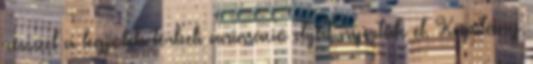
résszel a legjobb térbeli animáció díját nyertük el. Kapitány